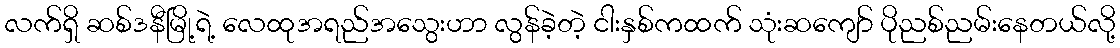
လက်ရှိ ဆစ်ဒနီမြို့ရဲ့ လေထုအရည်အသွေးဟာ လွန်ခဲ့တဲ့ ငါးနှစ်ကထက် သုံးဆကျော် ပိုညစ်ညမ်းနေတယ်လို့